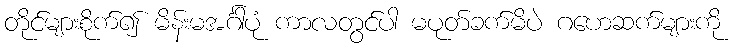
တိုင်များစိုက်၍ မိန်းမအင်္ဂါပုံ ကာလတွင်ပါ မပုတ်ခက်မိပဲ ဂဟေဆက်များကို